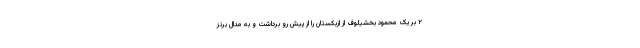
۲ بر یک محمود بخشیلوف از ازبکستان را از پیش رو برداشت و به مدال برنز